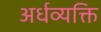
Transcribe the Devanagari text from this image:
अर्धव्यक्ति